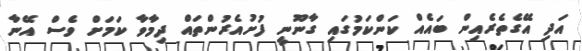
އަދި އޭގެތެރެއިން ބައެއް ކަންކަމުގައި ގާނޫނީ ފުށުއެރުންތައް ދިމާވާ ކަމަށް ވެސް އޭނާ